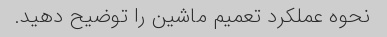
نحوه عملکرد تعمیم ماشین را توضیح دهید.